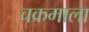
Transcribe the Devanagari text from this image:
चक्रमाला